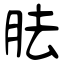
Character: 胠